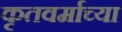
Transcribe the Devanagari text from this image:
कृतवर्माच्या